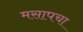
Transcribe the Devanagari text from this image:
मसापचा